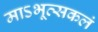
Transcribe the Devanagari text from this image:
माऽभूत्सकलं